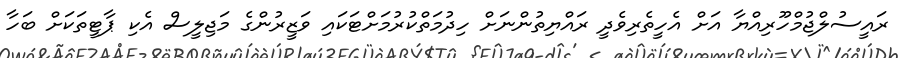
ރައީސުލްޖުމްހޫރިއްޔާ އަށް އެހީތެރިވެދީ ރައްޔިތުންނަށް ހިދުމަތްކުރުމަށްޓަކައި ވަޒީރުންގެ މަޖިލީސް އެކި ޕާޓީތަކަށް ބަހާ